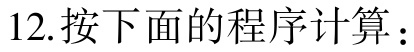
12.按下面的程序计算：